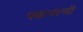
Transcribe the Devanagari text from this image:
पद्यावल्यी